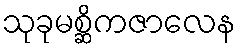
သုခုမစ္ဆိကဇာလေန